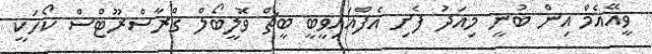
ވީއޭއެމް އިން ބުނީ މިއަދު ފެށި އެފްއައިވީބީ ބީޗް ވޮލީބޯލް ގްރާސްރޫޓްސް ކޯހަކީ